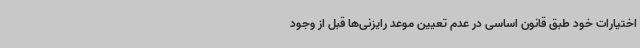
اختیارات خود طبق قانون اساسی در عدم تعیین موعد رایزنی‌ها قبل از وجود